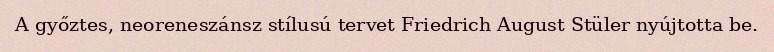
A győztes, neoreneszánsz stílusú tervet Friedrich August Stüler nyújtotta be.